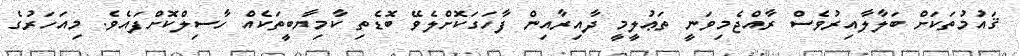
ޤައުމުތަކަށް ބަލާލާއިރުވެސް ރާއްޖެމިވަނީ ތަޢުލީމީ ދާއިރާއިން ފާހަގަކޮށްލެވޭ ބޮޑެތި ކާމިޔާބީތަކެއް ހާސިލްކޮށްފައެވެ. މިއަހަރުގެ